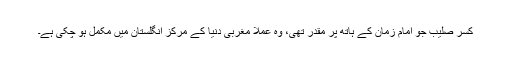
کسر صلیب جو امام زمان کے ہاتھ پر مقدر تھی، وہ عملاً مغربی دنیا کے مرکز انگلستان میں مکمل ہو چکی ہے۔